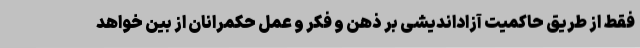
فقط از طریق حاکمیت آزاداندیشی بر ذهن و فکر و عمل حکمرانان از بین خواهد